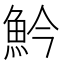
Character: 䰼